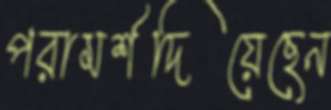
পরামর্শদিয়েছেন